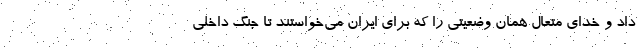
داد و خدای متعال همان وضعیتی را که برای ایران می‌خواستند تا جنگ داخلی